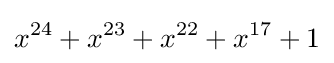
x^{24}+x^{23}+x^{22}+x^{17}+1